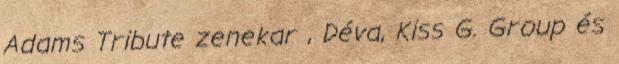
Adams Tribute zenekar , Déva, Kiss G. Group és